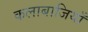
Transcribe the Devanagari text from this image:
कलाबाजियाँ